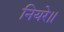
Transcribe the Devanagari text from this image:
नियरे॥